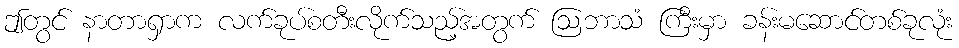
ဤတွင် နာတာရှာက လက်ခုပ်စတီးလိုက်သည့်အတွက် ဩဘာသံ ကြီးမှာ ခန်းမဆောင်တစ်ခုလုံး